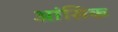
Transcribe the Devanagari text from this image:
आंसिक